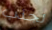
لجذب